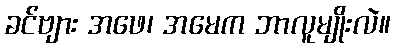
ခင်ဗျား အဖေ၊ အမေက ဘာလူမျိုးလဲ။